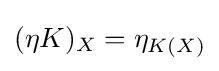
(\eta K)_{X}=\eta _{K(X)}